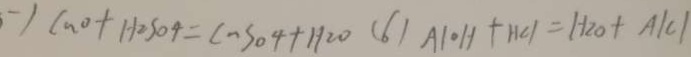
- ) C a o + H _ { 2 } A O _ { 4 } = C n A O _ { 4 } + H _ { 2 } O ( 6 ) A l o H + H C l = h _ { 2 } o + A l C l